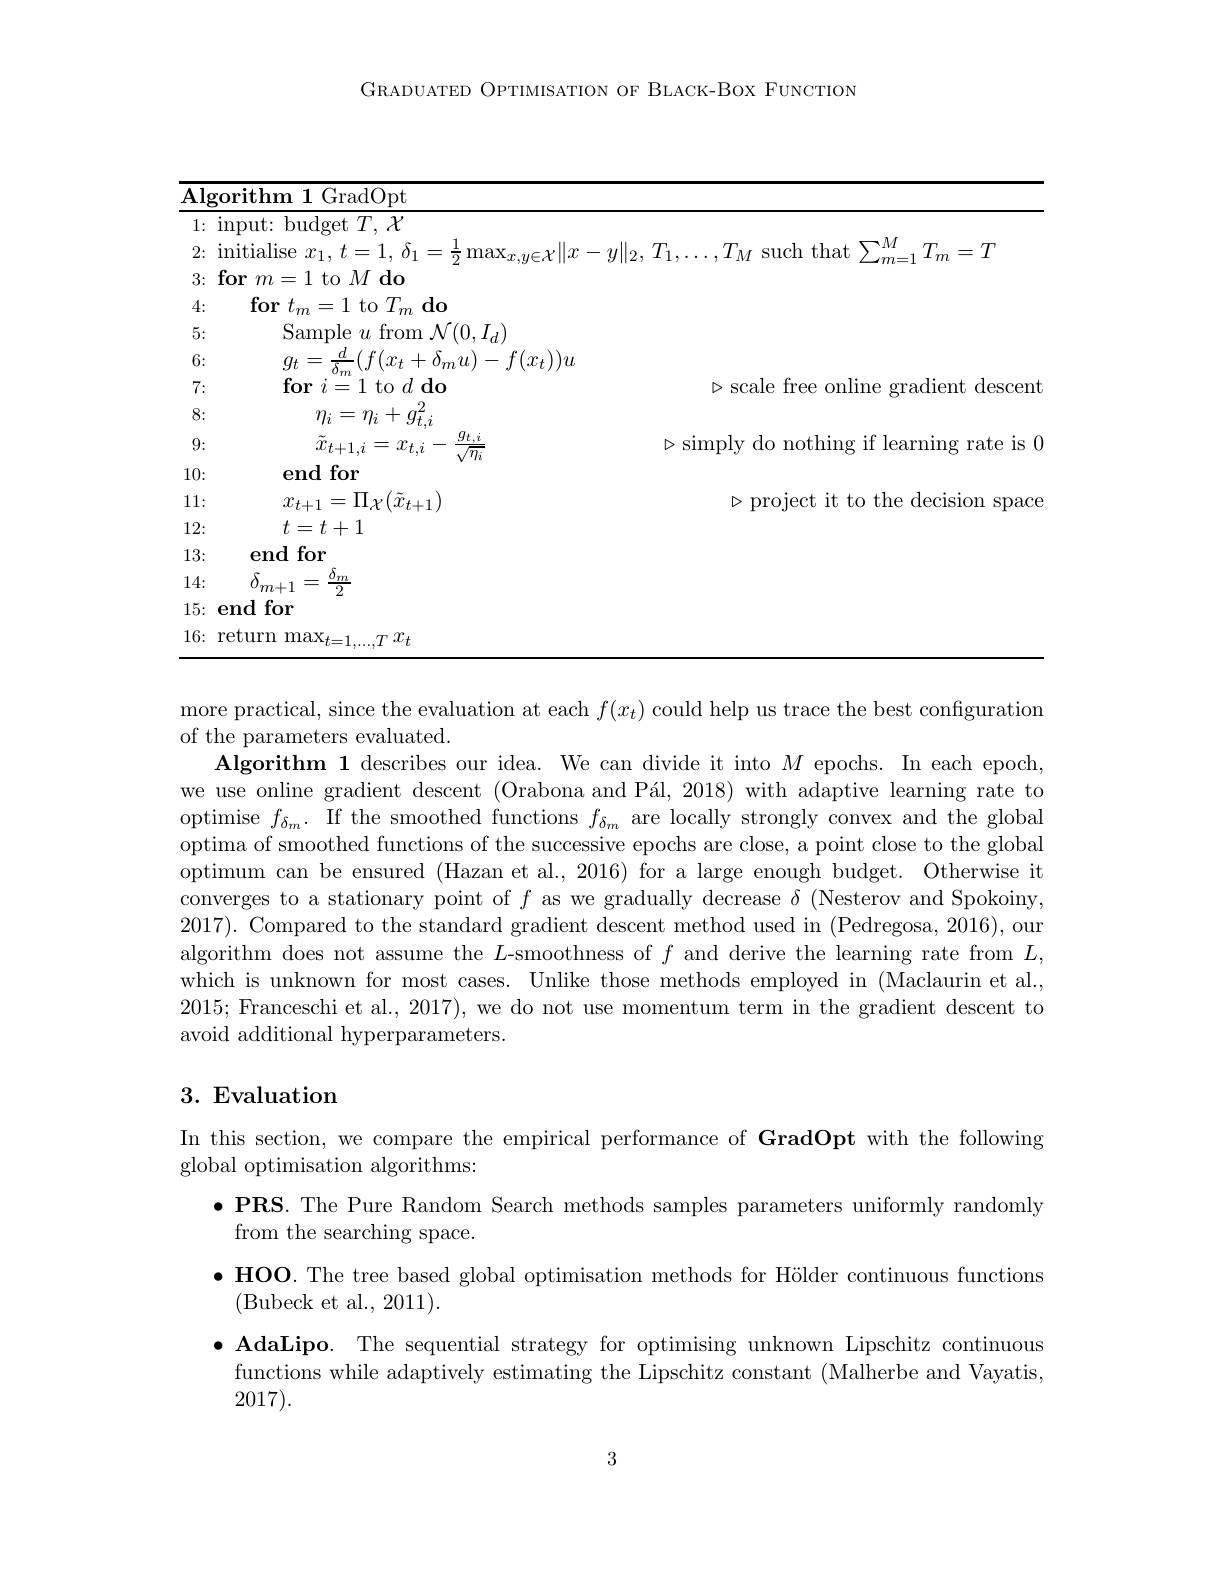
GRADUATED OPTIMISATION OF BLACK-BOX FUNCTION

<table>
	<tbody>
		<tr>
			<td>$\overline{\mathbf{Alg}}$</td>
			<td>$)t$</td>
		</tr>
		<tr>
			<td>1: 1</td>
			<td>$Y$</td>
		</tr>
		<tr>
			<td>2: 1</td>
			<td> </td>
		</tr>
		<tr>
			<td>3:</td>
			<td>0</td>
		</tr>
		<tr>
			<td>4:</td>
			<td>do $m$</td>
		</tr>
		<tr>
			<td>5:</td>
			<td>$\operatorname{om}\mathcal{N}(0,I_{d})$</td>
		</tr>
		<tr>
			<td>6:</td>
			<td>$+\delta_{m}u)-f(x_{t}))u$</td>
		</tr>
		<tr>
			<td>7:</td>
			<td>$d$do $\triangleright$scale free s online 1 gradient descen</td>
		</tr>
		<tr>
			<td>8:</td>
			<td> </td>
		</tr>
		<tr>
			<td>9:</td>
			<td>$g_{t,i}$ >simnlv $\because f$ $d0$ nothinc $r$ 111 t learnino c rate is b $x_{t.i}-$</td>
		</tr>
		<tr>
			<td>10:</td>
			<td> </td>
		</tr>
		<tr>
			<td>11:</td>
			<td>$x_{t+1}$ >1 11 111 ${}_{1}^{*}{}_{1}^{*}_{0}$ ) $t$he decision s SDaCe TMTTHT</td>
		</tr>
		<tr>
			<td>12:</td>
			<td> </td>
		</tr>
		<tr>
			<td>13:</td>
			<td> </td>
		</tr>
		<tr>
			<td>14:</td>
			<td> </td>
		</tr>
		<tr>
			<td>15:</td>
			<td> </td>
		</tr>
		<tr>
			<td>16: I</td>
			<td>$x_{t}$</td>
		</tr>
	</tbody>
</table>

more practical, since the evaluation at each $f(x_t)$ could help us trace the best configuration
of the parameters evaluated.
Algorithm 1 describes our idea. We can divide it into $M$ epochs. In each epoch, we use online gradient descent (Orabona and Pál, 2018) with adaptive learning rate to optimise $f_\delta_m.$ If the smoothed functions $f_\delta_m$ are locally strongly convex and the global optima of smoothed functions of the successive epochs are close, a point close to the global optimum can be ensured (Hazan et al., 2016) for a large enough budget. Otherwise it converges to a stationary point of $f$ as we gradually decrease $\delta$ (Nesterov and Spokoiny, 2017). Compared to the standard gradient descent method used in (Pedregosa, 2016), our algorithm does not assume the $L$-smoothness of $f$ and derive the learning rate from $L$, which is unknown for most cases. Unlike those methods employed in (Maclaurin et al., 2015; Franceschi et al., 2017), we do not use momentum term in the gradient descent to avoid additional hyperparameters.

## 3. Evaluation

In this section, we compare the empirical performance of GradOpt with the following
global optimisation algorithms:

$\bullet \textbf{PRS. The Pure Random Search methods samples parameters uniformly randomly}$
from the searching space.
$\bullet$ HOO. The tree based global optimisation methods for Hölder continuous functions
(Bubeck et al., 2011).
$\bullet$ AdaLipo. The sequential strategy for optimising unknown Lipschitz continuous
functions while adaptively estimating the Lipschitz constant (Malherbe and Vayatis,
2017).

3